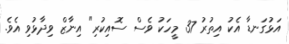
އަޅުގަނޑާ އެކު އިތުރު 37 މީހަކު ވެސް ސޮއިކުރި" އިނާޒް ވިދާޅުވި އެވެ.